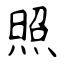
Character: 照